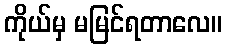
ကိုယ်မှ မမြင်ရတာလေ။